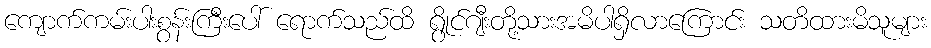
ကျောက်ကမ်းပါးစွန်းကြီးပေါ် ရောက်သည်ထိ ရွိုင်ဂျီးတို့သားအမိပါရှိလာကြောင်း သတိထားမိသူများ